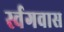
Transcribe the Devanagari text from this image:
र्स्वगवास